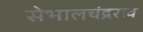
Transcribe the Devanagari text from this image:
सेभालचंद्रराव